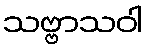
သဗ္ဗာသဝါ